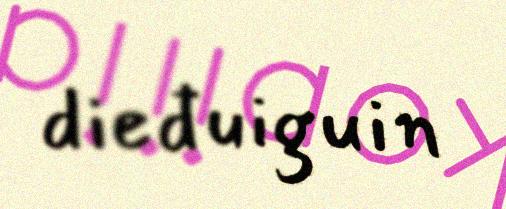
dieđuiguin